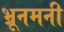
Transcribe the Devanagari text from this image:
भ्रूनमनी